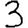
Digit: 3